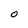
Character: O